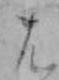
は